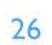
22